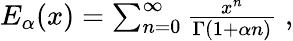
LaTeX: \begin{array}{r}{E_{\alpha}(x)=\sum_{n=0}^{\infty}\frac{x^{n}}{\Gamma(1+\alpha n)}\; ,}\end{array}